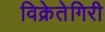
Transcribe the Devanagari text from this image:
विक्रेतेगिरी